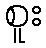
စူး